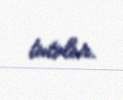
tutulur.